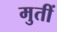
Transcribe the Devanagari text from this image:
मुतीं